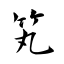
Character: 笂